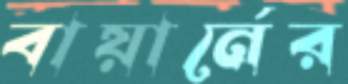
বায়ার্নের